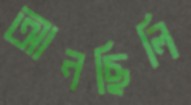
আনছিলি